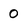
Character: 0